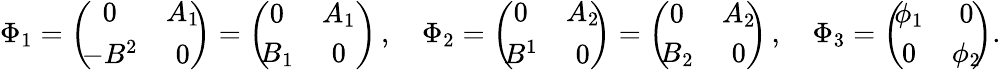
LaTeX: \Phi_{1}=\left(\! \! \begin{array}{cc}{{0}}&{{A_{1}}}\\ {{-B^{2}}}&{{0}}\end{array}\! \! \right)=\left(\! \! \begin{array}{cc}{{0}}&{{A_{1}}}\\ {{B_{1}}}&{{0}}\end{array}\right)\, ,\quad\Phi_{2}=\left(\! \! \begin{array}{cc}{{0}}&{{A_{2}}}\\ {{B^{1}}}&{{0}}\end{array}\! \! \right)=\left(\! \! \begin{array}{cc}{{0}}&{{A_{2}}}\\ {{B_{2}}}&{{0}}\end{array}\! \! \right)\, ,\quad\Phi_{3}=\left(\! \! \begin{array}{cc}{{\phi_{1}}}&{{0}}\\ {{0}}&{{\phi_{2}}}\end{array}\! \! \right).